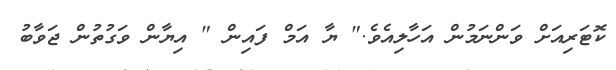
ކޮޓަރިއަށް ވަންނަމުން އަހާލިއެވެ." ޔާ އަމް ފައިން " އިޔާން ވަގުތުން ޖަވާބު